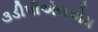
૩ડીપીએલએમ